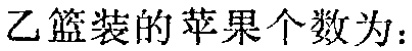
乙篮装的苹果个数为：